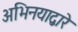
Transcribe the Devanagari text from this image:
अभिनयाद्वारे